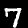
Label: 7